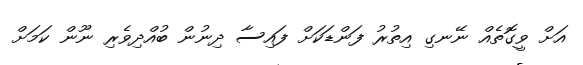
އަށް ވީގޮތެއް ނޭނގި އިތުރު ފަންޑަކަށް ފައިސާ ދިނުން ބުއްދިވެރި ނޫން ކަމަށް